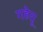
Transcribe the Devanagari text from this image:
गहेतू